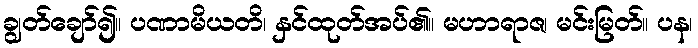
ချွတ်ချော်၍။ ပဏာမိယတိ၊ နှင်ထုတ်အပ်၏။ မဟာရာဇ၊ မင်းမြတ်။ ပန၊